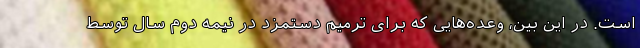
است. در این بین، وعده‌هایی که برای ترمیم دستمزد در نیمه دوم سال توسط